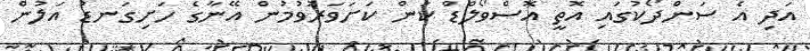
އަދި އެ ސަންދޯކުގައި އޮތީ އޮސްވޯލްޑް ކަން ކަށަވަރުވުމުން އޭނާގެ ހަށިގަނޑު އަލުން